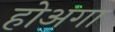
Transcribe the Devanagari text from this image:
होअगा